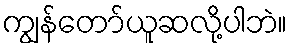
ကျွန်တော်ယူဆလို့ပါဘဲ။